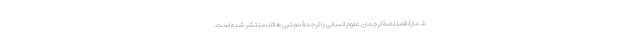
شمارۀ فصلنامۀ ترجمان علوم انسانی با ترجمۀ مجتبی هاتف منتشر شده است.